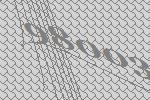
98003